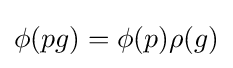
\phi (pg)=\phi (p)\rho (g)